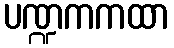
ပဏ္ဍကကထာ